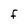
Character: f